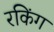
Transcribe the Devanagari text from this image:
रकिंग